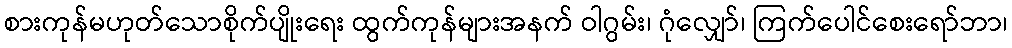
စားကုန်မဟုတ်သောစိုက်ပျိုးရေး ထွက်ကုန်များအနက် ဝါဂွမ်း၊ ဂုံလျှော်၊ ကြက်ပေါင်စေးရော်ဘာ၊